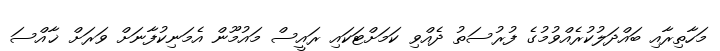
މަހާތިރާއި ބައްދަލުކުރެއްވުމުގެ ފުރުސަތު ދެއްވި ކަމަށްޓަކައި ރައީސް މައުމޫން އެމަނިކުފާނަށް ވަރަށް ޚާއްސަ